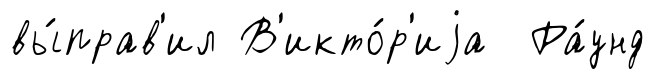
вы́прав'ил В'икто́р'иjа Ра́унд